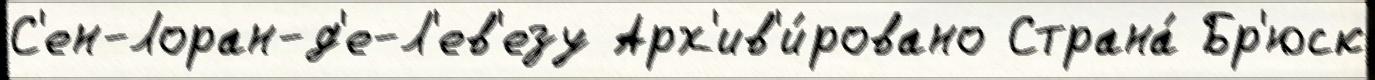
С'ен-Лоран-д'е-Л'ев'езу Арх'ив'и́ровано Страна́ Бр'юск